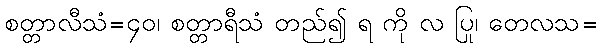
စတ္တာလီသံ=၄၀၊ စတ္တာရီသံ တည်၍ ရ ကို လ ပြု၊ တေလသ=